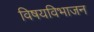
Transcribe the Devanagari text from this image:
विषयविभाजन